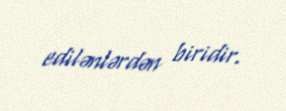
edilənlərdən biridir.